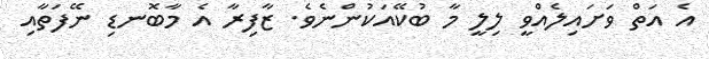
އެ އަތް ވަށައިލެއްވީ ލިލީ މާ ބުކޭއަކުންނެވެ. ޒާފިރާ އެ މާބޮނޑި ނޭފަތާއި